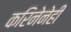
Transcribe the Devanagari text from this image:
करिनेनेही